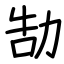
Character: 勂